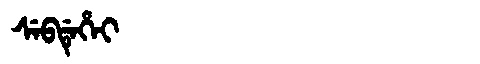
Manchu: ᠰᡝᠪᡩᡝᡥᡝᡳ
Romanization: SEBDEHEI